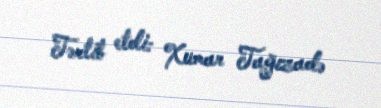
Tərtib etdi: Xumar Tağızadə